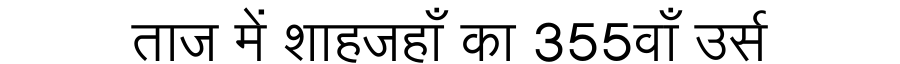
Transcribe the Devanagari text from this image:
ताज में शाहजहाँ का 355वाँ उर्स